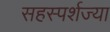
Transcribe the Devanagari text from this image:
सहस्पर्शज्या